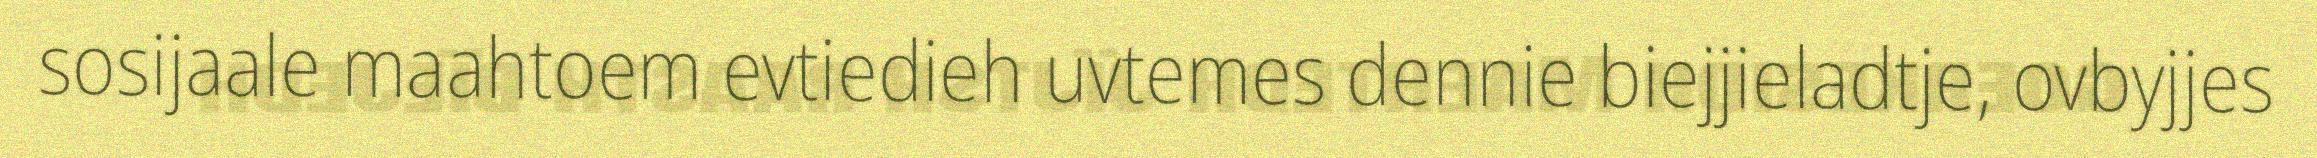
sosijaale maahtoem evtiedieh uvtemes dennie biejjieladtje, ovbyjjes